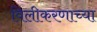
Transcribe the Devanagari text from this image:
विलीकरणाच्या